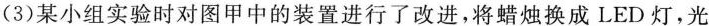
(3)某小组实验时对图甲中的装置进行了改进，将蜡烛换成LED灯，光